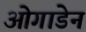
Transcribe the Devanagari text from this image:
ओगाडेन